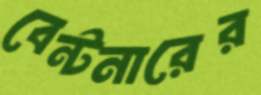
বেন্টনারের